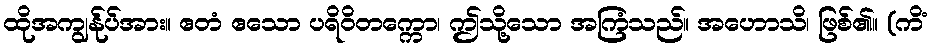
ထိုအကျွန်ုပ်အား။ ဧတံ ဧသော ပရိဝိတက္ကော၊ ဤသို့သော အကြံသည်။ အဟောသိ၊ ဖြစ်၏။ (ကိံ